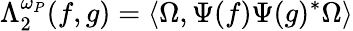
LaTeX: \Lambda_{2}^{\omega_{P}}(f,g)=\langle\Omega,\Psi(f)\Psi(g)^{\ast}\Omega\rangle